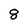
Character: 8